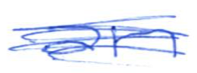
Text: an
Cross-out: mix
Writing tool: ballpoint